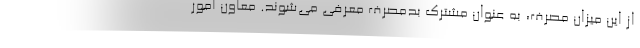
از این میزان مصرف، به عنوان مشترک بدمصرف معرفی می‌شوند. معاون امور